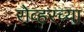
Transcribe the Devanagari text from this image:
रोव्हरच्या